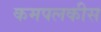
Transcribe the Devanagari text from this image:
कमपलकीस